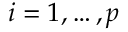
i = 1 , \ldots , p